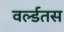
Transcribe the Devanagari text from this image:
वर्ल्डतस